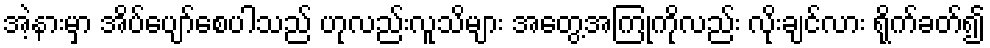
အဲ့နားမှာ အိပ်ပျော်စေပါသည် ဟုလည်းလူသိများ အတွေ့အကြုံကိုလည်း လိုးချင်လား ရိုက်ခတ်၍